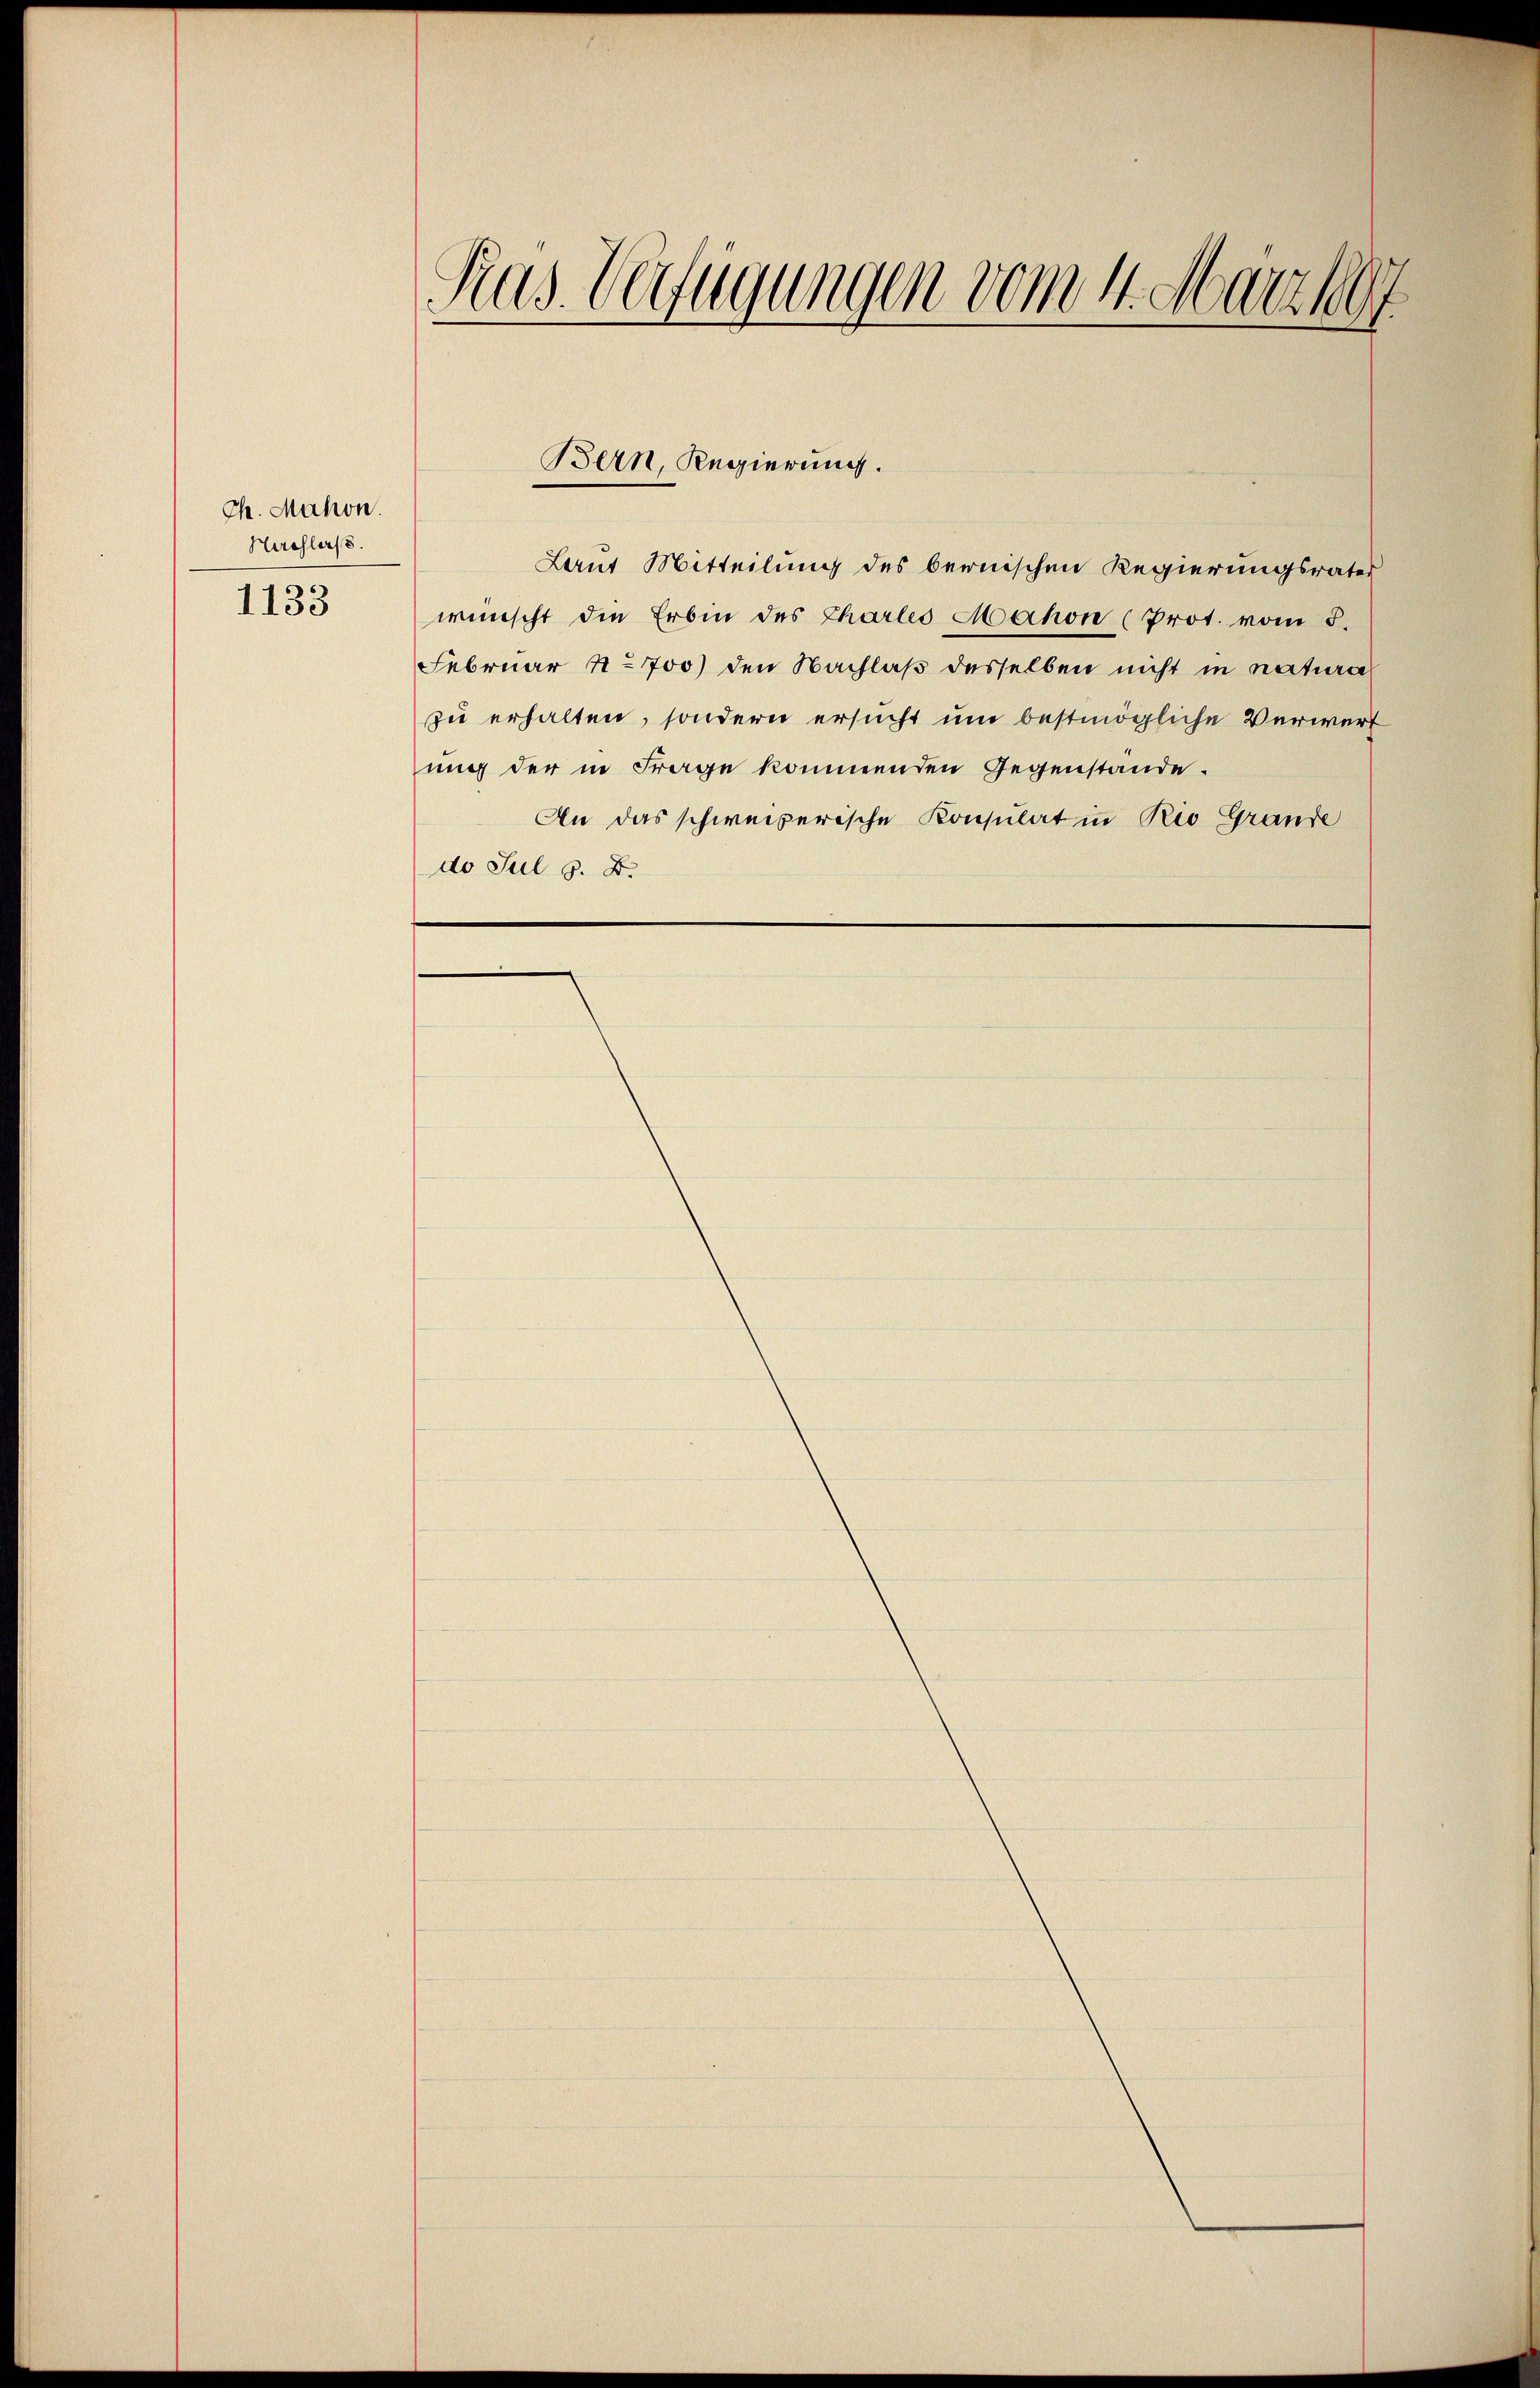
Ch. Mahon.
Hirchlass.

1133

Pras. Verfügungen vom 4. März 1897

Laut Mitteilung des bernischen Regierungsrates
wünscht die Erbin des Chartes Mahon (Prot. vom 5.
Februar 4. 700 den Nachlaβ desselben nicht in natura
zu erhalten, sondern ersucht um bestmögliche Verwert
ung der in Frage kommenden Gegenstände.
An das schweizerische Konsulat in Rio Grande
do Jul 8. B.

Bern, Regierung.